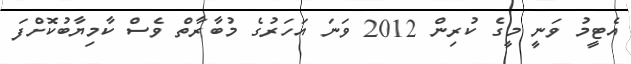
އެޓީމު ވަނީ މީގެ ކުރިން 2012 ވަނަ އަހަރުގެ މުބާރާތް ވެސް ކާމިޔާބުކޮށްފަ